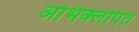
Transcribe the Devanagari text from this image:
अभिक्लपित